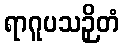
ရာဂူပသဉှိတံ